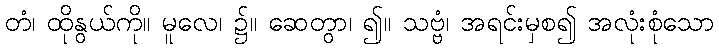
တံ၊ ထိုနွယ်ကို။ မူလေ၊ ၌။ ဆေတွာ၊ ၍။ သဗ္ဗံ၊ အရင်းမှစ၍ အလုံးစုံသော